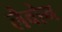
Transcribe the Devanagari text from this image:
लैवोन